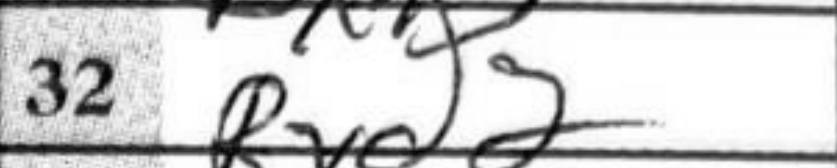
Transcription: Rxd2